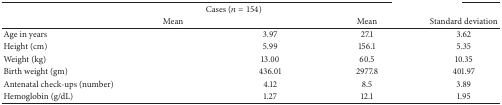
<table><thead><tr><td>[EMPTY_CELL]</td><td colspan="2"><b>Cases (<i>n</i> = 154)</b></td><td colspan="2">[EMPTY_CELL]</td></tr><tr><td>[EMPTY_CELL]</td><td><b>Mean</b></td><td>[EMPTY_CELL]</td><td><b>Mean</b></td><td><b>Standard deviation</b></td></tr></thead><tbody><tr><td>Age in years</td><td>[EMPTY_CELL]</td><td>3.97</td><td>27.1</td><td>3.62</td></tr><tr><td>Height (cm)</td><td>[EMPTY_CELL]</td><td>5.99</td><td>156.1</td><td>5.35</td></tr><tr><td>Weight (kg)</td><td>[EMPTY_CELL]</td><td>13.00</td><td>60.5</td><td>10.35</td></tr><tr><td>Birth weight (gm)</td><td>[EMPTY_CELL]</td><td>436.01</td><td>2977.8</td><td>401.97</td></tr><tr><td>Antenatal check-ups (number)</td><td>[EMPTY_CELL]</td><td>4.12</td><td>8.5</td><td>3.89</td></tr><tr><td>Hemoglobin (g/dL)</td><td>[EMPTY_CELL]</td><td>1.27</td><td>12.1</td><td>1.95</td></tr></tbody></table>